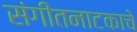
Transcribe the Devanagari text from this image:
संगीतनाटकाचे